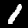
Digit: 1